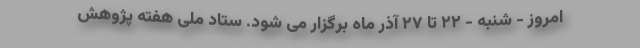
امروز - شنبه - ۲۲ تا ۲۷ آذر ماه برگزار می شود. ستاد ملی هفته پژوهش